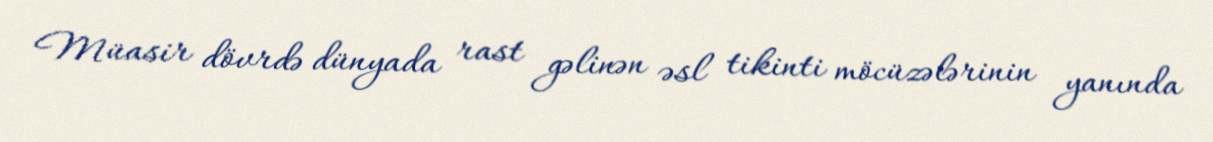
Müasir dövrdə dünyada rast gəlinən əsl tikinti möcüzələrinin yanında